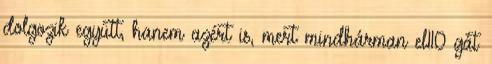
dolgozik együtt, hanem azért is, mert mindhárman el110 gát